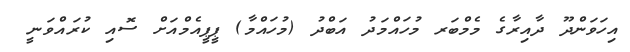
އިހަވަންދޫ ދާއިރާގެ މެމްބަރ މުހައްމަދު އަބްދު (މުހައްމާ) ޕީޕީއެމްއަށް ސޮއި ކުރައްވަނީ